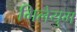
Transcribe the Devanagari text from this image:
गिलेयुम